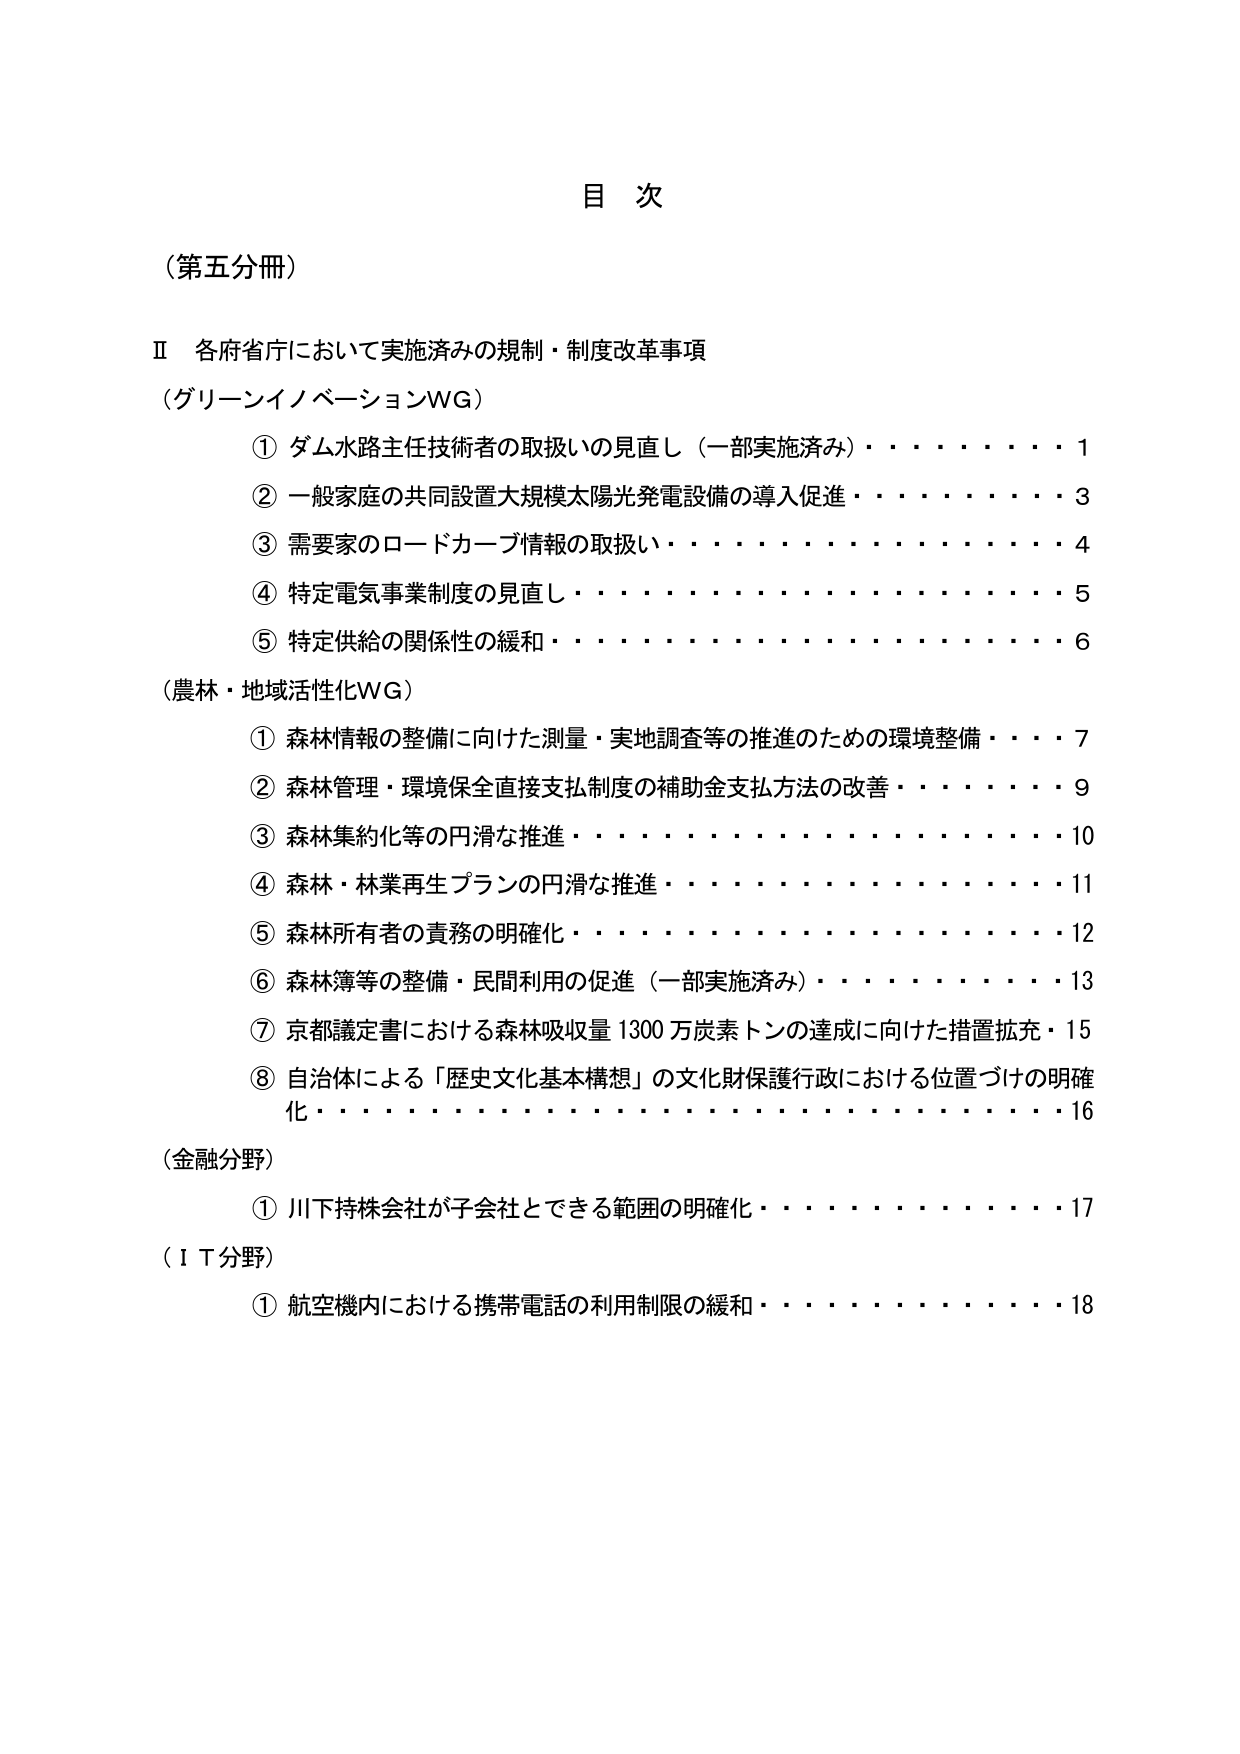
目 次

（第五分冊）

Ⅱ 各府省庁において実施済みの規制・制度改革事項

（グリーンイノベーションWG）

① ダム水路主任技術者の取扱いの見直し（一部実施済み）・・・・・・・・・・1
② 一般家庭の共同設置大規模太陽光発電設備の導入促進・・・・・・・・・・3
③ 需要家のロードカーブ情報の取扱い・・・・・・・・・・・・・・・・・・4
④ 特定電気事業制度の見直し・・・・・・・・・・・・・・・・・・・・・・5
⑤ 特定供給の関係性の緩和・・・・・・・・・・・・・・・・・・・・・・6

（農林・地域活性化WG）

① 森林情報の整備に向けた測量・実地調査等の推進のための環境整備・・・・7
② 森林管理・環境保全直接支払制度の補助金支払方法の改善・・・・・・・・9
③ 森林集約化等の円滑な推進・・・・・・・・・・・・・・・・・・・・10
④ 森林・林業再生プランの円滑な推進・・・・・・・・・・・・・・・・・11
⑤ 森林所有者の責務の明確化・・・・・・・・・・・・・・・・・・・・・12
⑥ 森林簿等の整備・民間利用の促進（一部実施済み）・・・・・・・・・・13
⑦ 京都議定書における森林吸収量1300万炭素トンの達成に向けた措置拡充・15
⑧ 自治体による「歴史文化基本構想」の文化財保護行政における位置づけの明確化・・・・・・・・・・・・・・・・・・・・・・・・・・・・16

（金融分野）

① 川下持株会社が子会社とできる範囲の明確化・・・・・・・・・・17

（ＩＴ分野）

① 航空機内における携帯電話の利用制限の緩和・・・・・・・・・・18